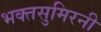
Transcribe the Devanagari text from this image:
भक्तसुमिरनी